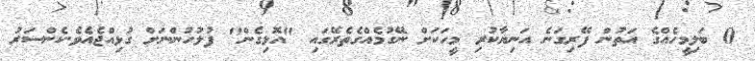
0 ބަލިމީހެއްގެ އަތުން ފޭރިގަނެ އަނިޔާކުރި މީހަކަށް ނޭގުމެއްގެތެރޭގައި "އޮޅިގެން" ފުލުހުންނަށް ގުޅިއްޖެއެވެ.ކެންސަރު